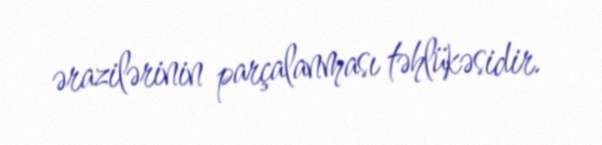
ərazilərinin parçalanması təhlükəsidir.